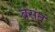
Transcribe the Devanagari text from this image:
बस्ंत